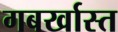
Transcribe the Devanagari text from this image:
गबर्खास्‍त